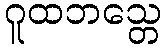
ဂူထဘသ္တေ